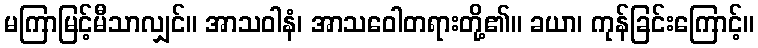
မကြာမြင့်မီသာလျှင်။ အာသဝါနံ၊ အာသဝေါတရားတို့၏။ ခယာ၊ ကုန်ခြင်းကြောင့်။